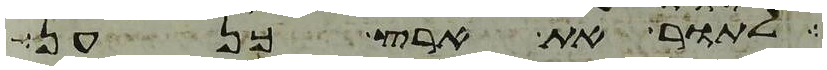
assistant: לתור את ארץ כנען